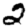
Digit: 2